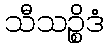
သီသဉ္စိဒံ